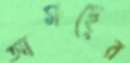
আমছের